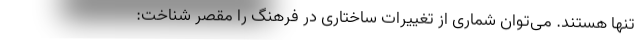
تنها هستند. می‌توان شماری از تغییرات ساختاری در فرهنگ را مقصر شناخت: